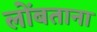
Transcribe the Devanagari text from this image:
लोंबताना